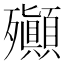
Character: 𣪀